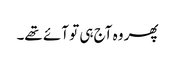
پھر وہ آج ہی تو آئے تھے۔